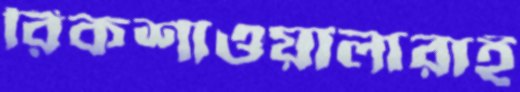
রিকশাওয়ালারাই